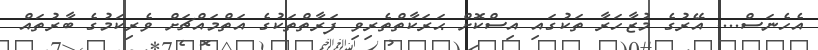
އެހެނަސް.... އޭރުގެ މުޒާހަރާ ތަކުގައި އިސްކޮށް ޙަރަކާތްތެރިވި ފަރާތްތަކުގެ އަތްމައްޗަށް ވެރިކަމުގެ ބާރުތައް